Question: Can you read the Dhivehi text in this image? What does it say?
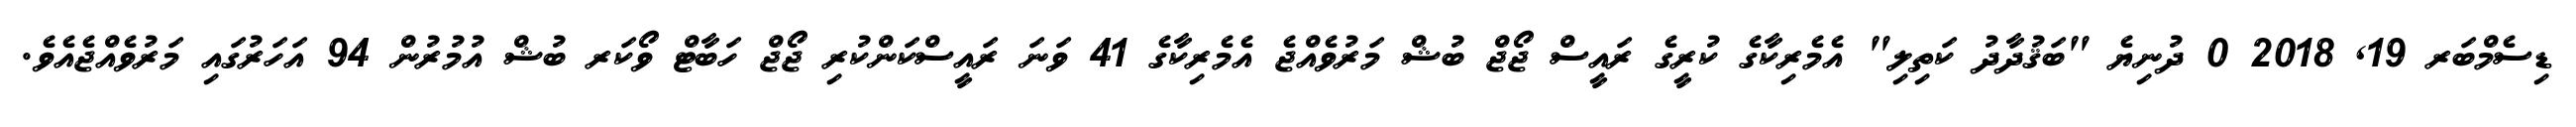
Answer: ޑިސެމްބަރ 19, 2018 0 ދުނިޔެ "ބަޤުދާދު ކަތިލި" އެމެރިކާގެ ކުރީގެ ރައީސް ޖޯޖް ބުޝް މަރުވެއްޖެ އެމެރިކާގެ 41 ވަނަ ރައީސްކަންކުރި ޖޯޖް ހަބާޓް ވޯކަރ ބުޝް އުމުރުން 94 އަހަރުގައި މަރުވެއްޖެއެވެ.